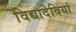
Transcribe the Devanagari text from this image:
विद्यादेवियां